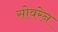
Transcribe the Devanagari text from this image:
सोवरेन